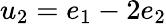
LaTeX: u_{2}=e_{1}-2e_{2}